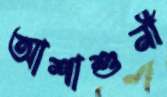
আশাশুনী